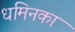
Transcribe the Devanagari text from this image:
धमिनका